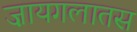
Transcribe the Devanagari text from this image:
ज़ायगलातस